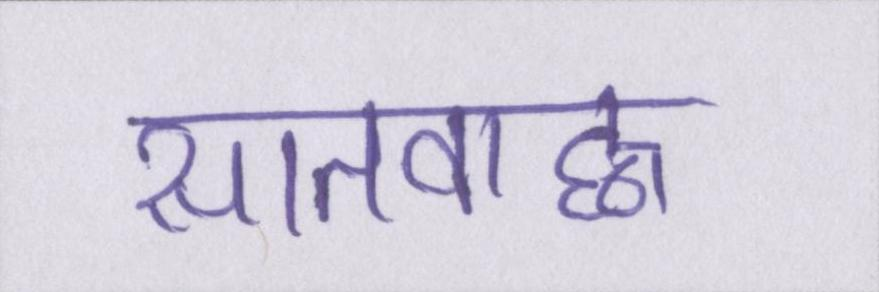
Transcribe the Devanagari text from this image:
सातवाह्न